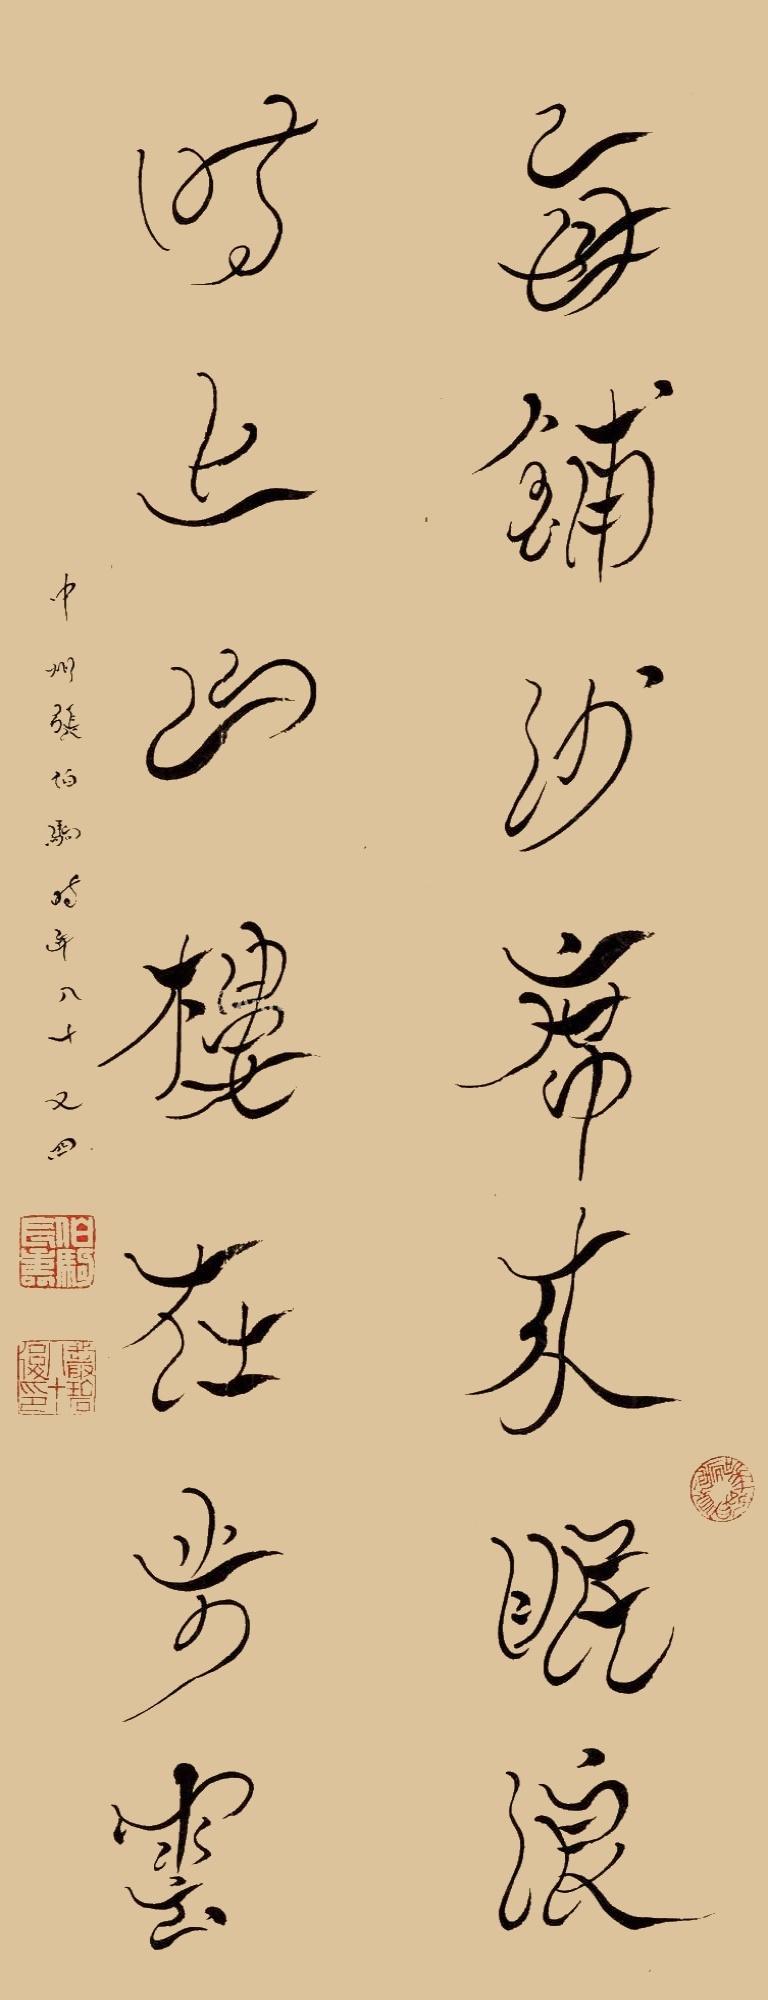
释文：每铺沙席来眠浪，时上山楼在步云。中州张伯驹时年八十又四。